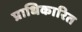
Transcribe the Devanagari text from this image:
प्राधिकारित